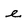
Character: e